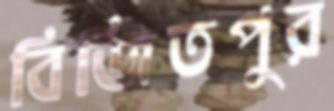
বিজিতপুর